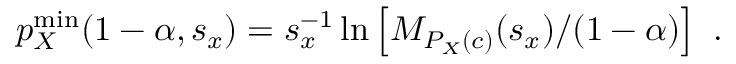
p _ { X } ^ { \mathrm { m i n } } ( 1 - \alpha , s _ { x } ) = s _ { x } ^ { - 1 } \ln \left[ M _ { P _ { X } ( c ) } ( s _ { x } ) / ( 1 - \alpha ) \right] ~ .